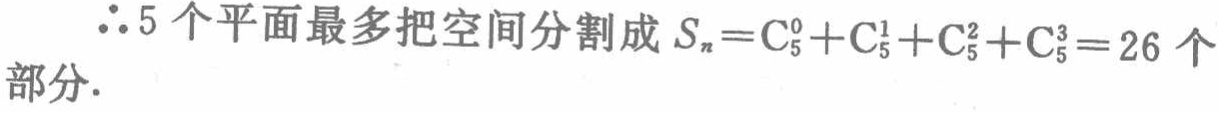
\(\therefore 5个平面最多把空间分割成S_{n}=C_{5}^{0}+C_{5}^{1}+C_{5}^{2}+C_{5}^{3}=26个\)
\(部分.\)